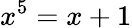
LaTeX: x^{5}=x+1